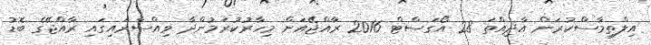
އިލްތިމާސްކުރަން އާދިއްތަ 28 އޯގަސްޓް 2016 ރާއްޖޭއަށް މިހާރުކުރަމުންދާ ވިއްސާރައިގައި ރާއްޖޭގެ ބޮޑު